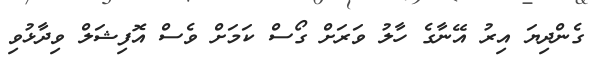
ގެންދިޔަ އިރު އޭނާގެ ހާލު ވަރަށް ގޯސް ކަމަށް ވެސް އޮފިޝަލް ވިދާޅުވި